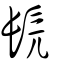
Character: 髡